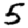
Digit: 5